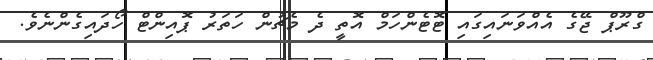
ގްރޫޕް ޖޭގެ އެއްވަނައިގައި ޓޮޓެންހަމް އޮތީ ދެ މެޗުން ހަތަރު ޕޮއިންޓް ހޯދައިގެންނެވެ.